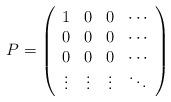
LaTeX: \begin{align*}P=\left(\begin{array}[c]{cccc}1 & 0 & 0 & \cdots\\0 & 0 & 0 & \cdots\\0 & 0 & 0 & \cdots\\\vdots & \vdots & \vdots & \ddots\end{array}\right) \end{align*}